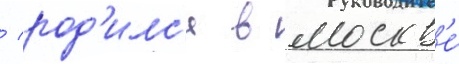
/ род'илс'я в москв'е́